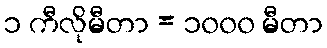
၁ ကီလိုမီတာ = ၁၀၀၀ မီတာ